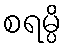
စရမ္ပိ